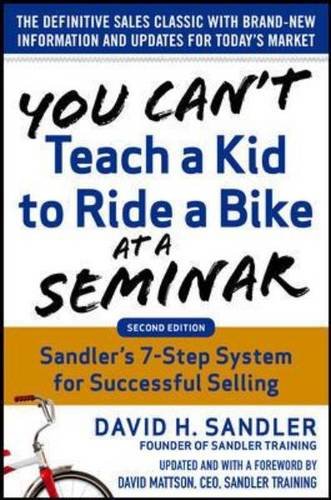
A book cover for You Can't Teach a Kid to Ride a Bike at a Seminar, 2nd Edition: Sandler Training's 7-Step System for Successful Selling; David Sandler; Business & Money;